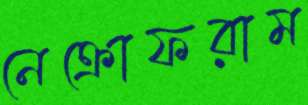
নেক্রোফরাম